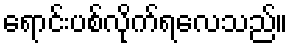
ရောင်းပစ်လိုက်ရလေသည်။